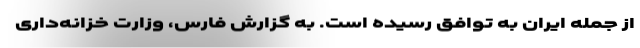
از جمله ایران به توافق رسیده است. به گزارش فارس، وزارت خزانه‌داری